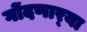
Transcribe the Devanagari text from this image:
गोंदणार्‍या